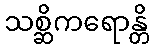
သစ္ဆိကရောန္တိ